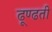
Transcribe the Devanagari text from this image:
ढूण्ढती